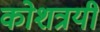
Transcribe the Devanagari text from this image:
कोशत्रयी